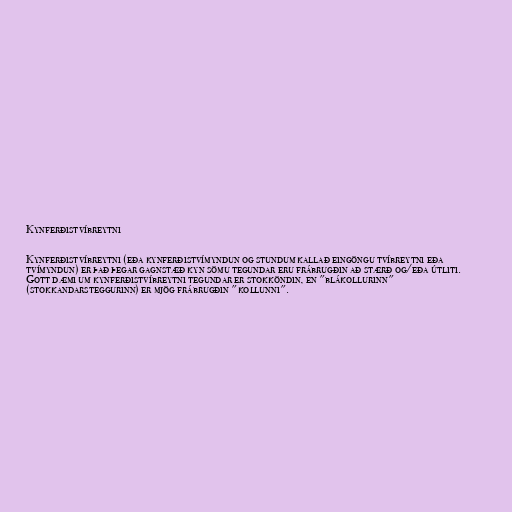
Kynferðistvíbreytni

Kynferðistvíbreytni (eða kynferðistvímyndun og stundum kallað eingöngu tvíbreytni eða
tvímyndun) er það þegar gagnstæð kyn sömu tegundar eru frábrugðin að stærð og/eða útliti.
Gott dæmi um kynferðistvíbreytni tegundar er stokköndin, en "blákollurinn"
(stokkandarsteggurinn) er mjög frábrugðin "kollunni".